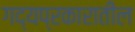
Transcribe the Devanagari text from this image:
गद्यप्रकारातील